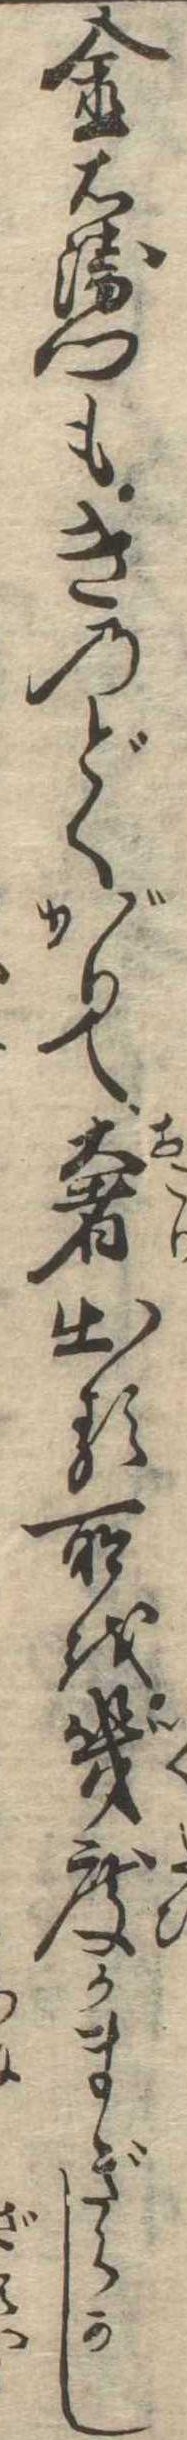
金右衛門もきのどくがりて奢出る所を幾度かまぎらかし